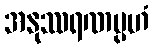
အနုဿရဏမ္ပဟံ